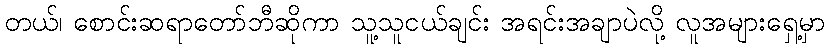
တယ်၊ စောင်းဆရာတော်ဘီဆိုကာ သူ့သူငယ်ချင်း အရင်းအချာပဲလို့ လူအများရှေ့မှာ